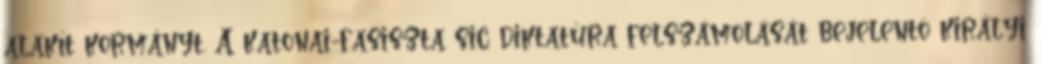
alakít kormányt. A katonai-fasiszta sic diktatúra felszámolását bejelentõ királyi